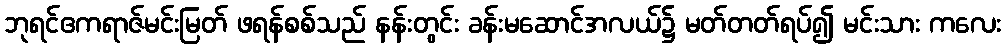
ဘုရင်ဧကရာဇ်မင်းမြတ် ဖရန်စစ်သည် နန်းတွင်း ခန်းမဆောင်အလယ်၌ မတ်တတ်ရပ်၍ မင်းသား ကလေး